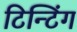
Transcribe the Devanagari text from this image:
टिन्टिंग